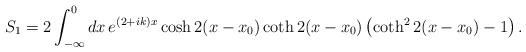
LaTeX: \begin{align*}S_{1}=2\int_{-\infty}^{0}dx\,e^{(2+ik)x}\cosh 2(x-x_{0})\coth2(x-x_{0})\left(\coth^{2} 2(x-x_{0})-1\right).\end{align*}